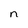
Character: n